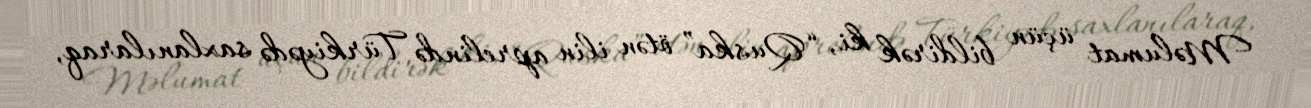
Məlumat üçün bildirək ki, “Quska” ötən ilin aprelində Türkiyədə saxlanılaraq,